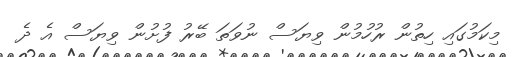
މިކަމުގައި ހިތުން ރުހުމުން ވިޔަސް ނުވަތަ ބޭރު ފުށުން ވިޔަސް އެ ދެ